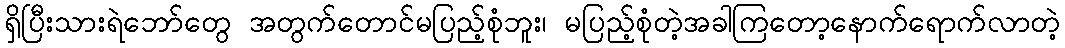
ရှိပြီးသားရဲဘော်တွေ အတွက်တောင်မပြည့်စုံဘူး၊ မပြည့်စုံတဲ့အခါကြတော့နောက်ရောက်လာတဲ့